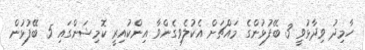
ހާމިދު ވިދާޅުވީ 3 ބޭފުޅުންގެ މައްޗަށް އެކުލެވިގެންވާ އިންކުއިރީ ކޮމިޝަންގައި 5 ބޭފުޅުން